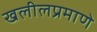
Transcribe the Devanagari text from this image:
खलीलप्रमाणे